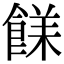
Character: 𩜣